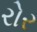
રોર